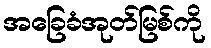
အခြေခံအုတ်မြစ်ကို